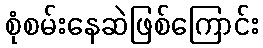
စုံစမ်းနေဆဲဖြစ်ကြောင်း